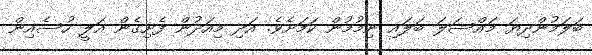
ބަލަމުންދިޔަ މައްސަލަ ބަލައި ނިމުމުން ކަމަށެވެ. އަދި މިއަދުން ފެށިގެން އަލީ ހުސެއިން